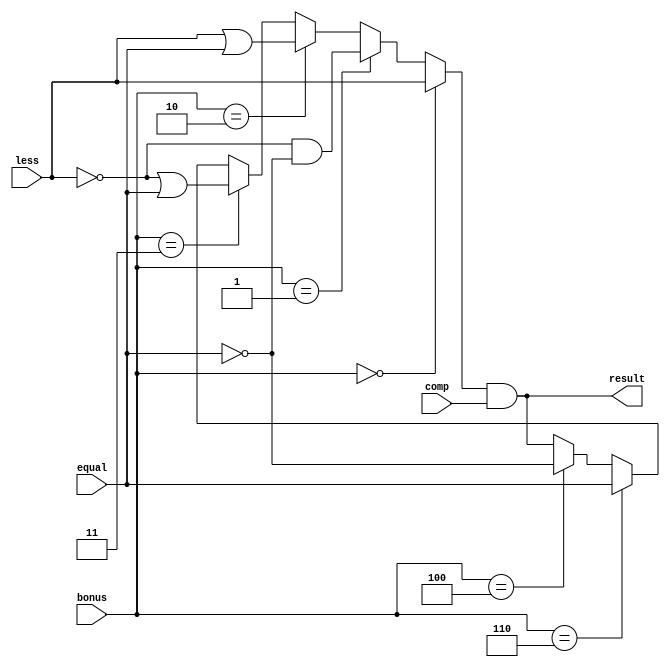
`timescale 1ns/1ps

module compare(
               less,       //1 bit less     (input)
               equal,
               bonus,
               comp,
               result     //1 bit result   (output)
               );

input         less;
input         equal;
input [3-1:0] bonus; 
input         comp;

output        result;

reg           result;

always@( * ) begin

    if (bonus == 3'b000)
        result = less;
    else if (bonus == 3'b001)
        result = ~less && ~equal;
    else if (bonus == 3'b010)
        result = less | equal;
    else if (bonus == 3'b011)
        result = ~less | equal;
    else if (bonus == 3'b110)
        result = equal;
    else if (bonus == 3'b100)
        result = ~equal;
    
    result = result & comp;
end

endmodule